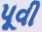
પૂવી